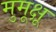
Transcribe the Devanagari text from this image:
मुमूक्षू